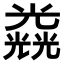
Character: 𠓉